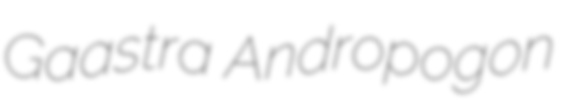
Gaastra Andropogon